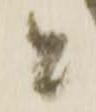
と